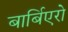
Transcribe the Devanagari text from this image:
बार्बिएरो